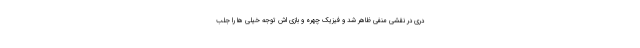
دری در نقشی منفی ظاهر شد و فیزیک چهره و بازی اش توجه خیلی ها را جلب